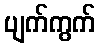
ပျက်ကွက်